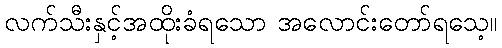
လက်သီးနှင့်အထိုးခံရသော အလောင်းတော်ရသေ့။